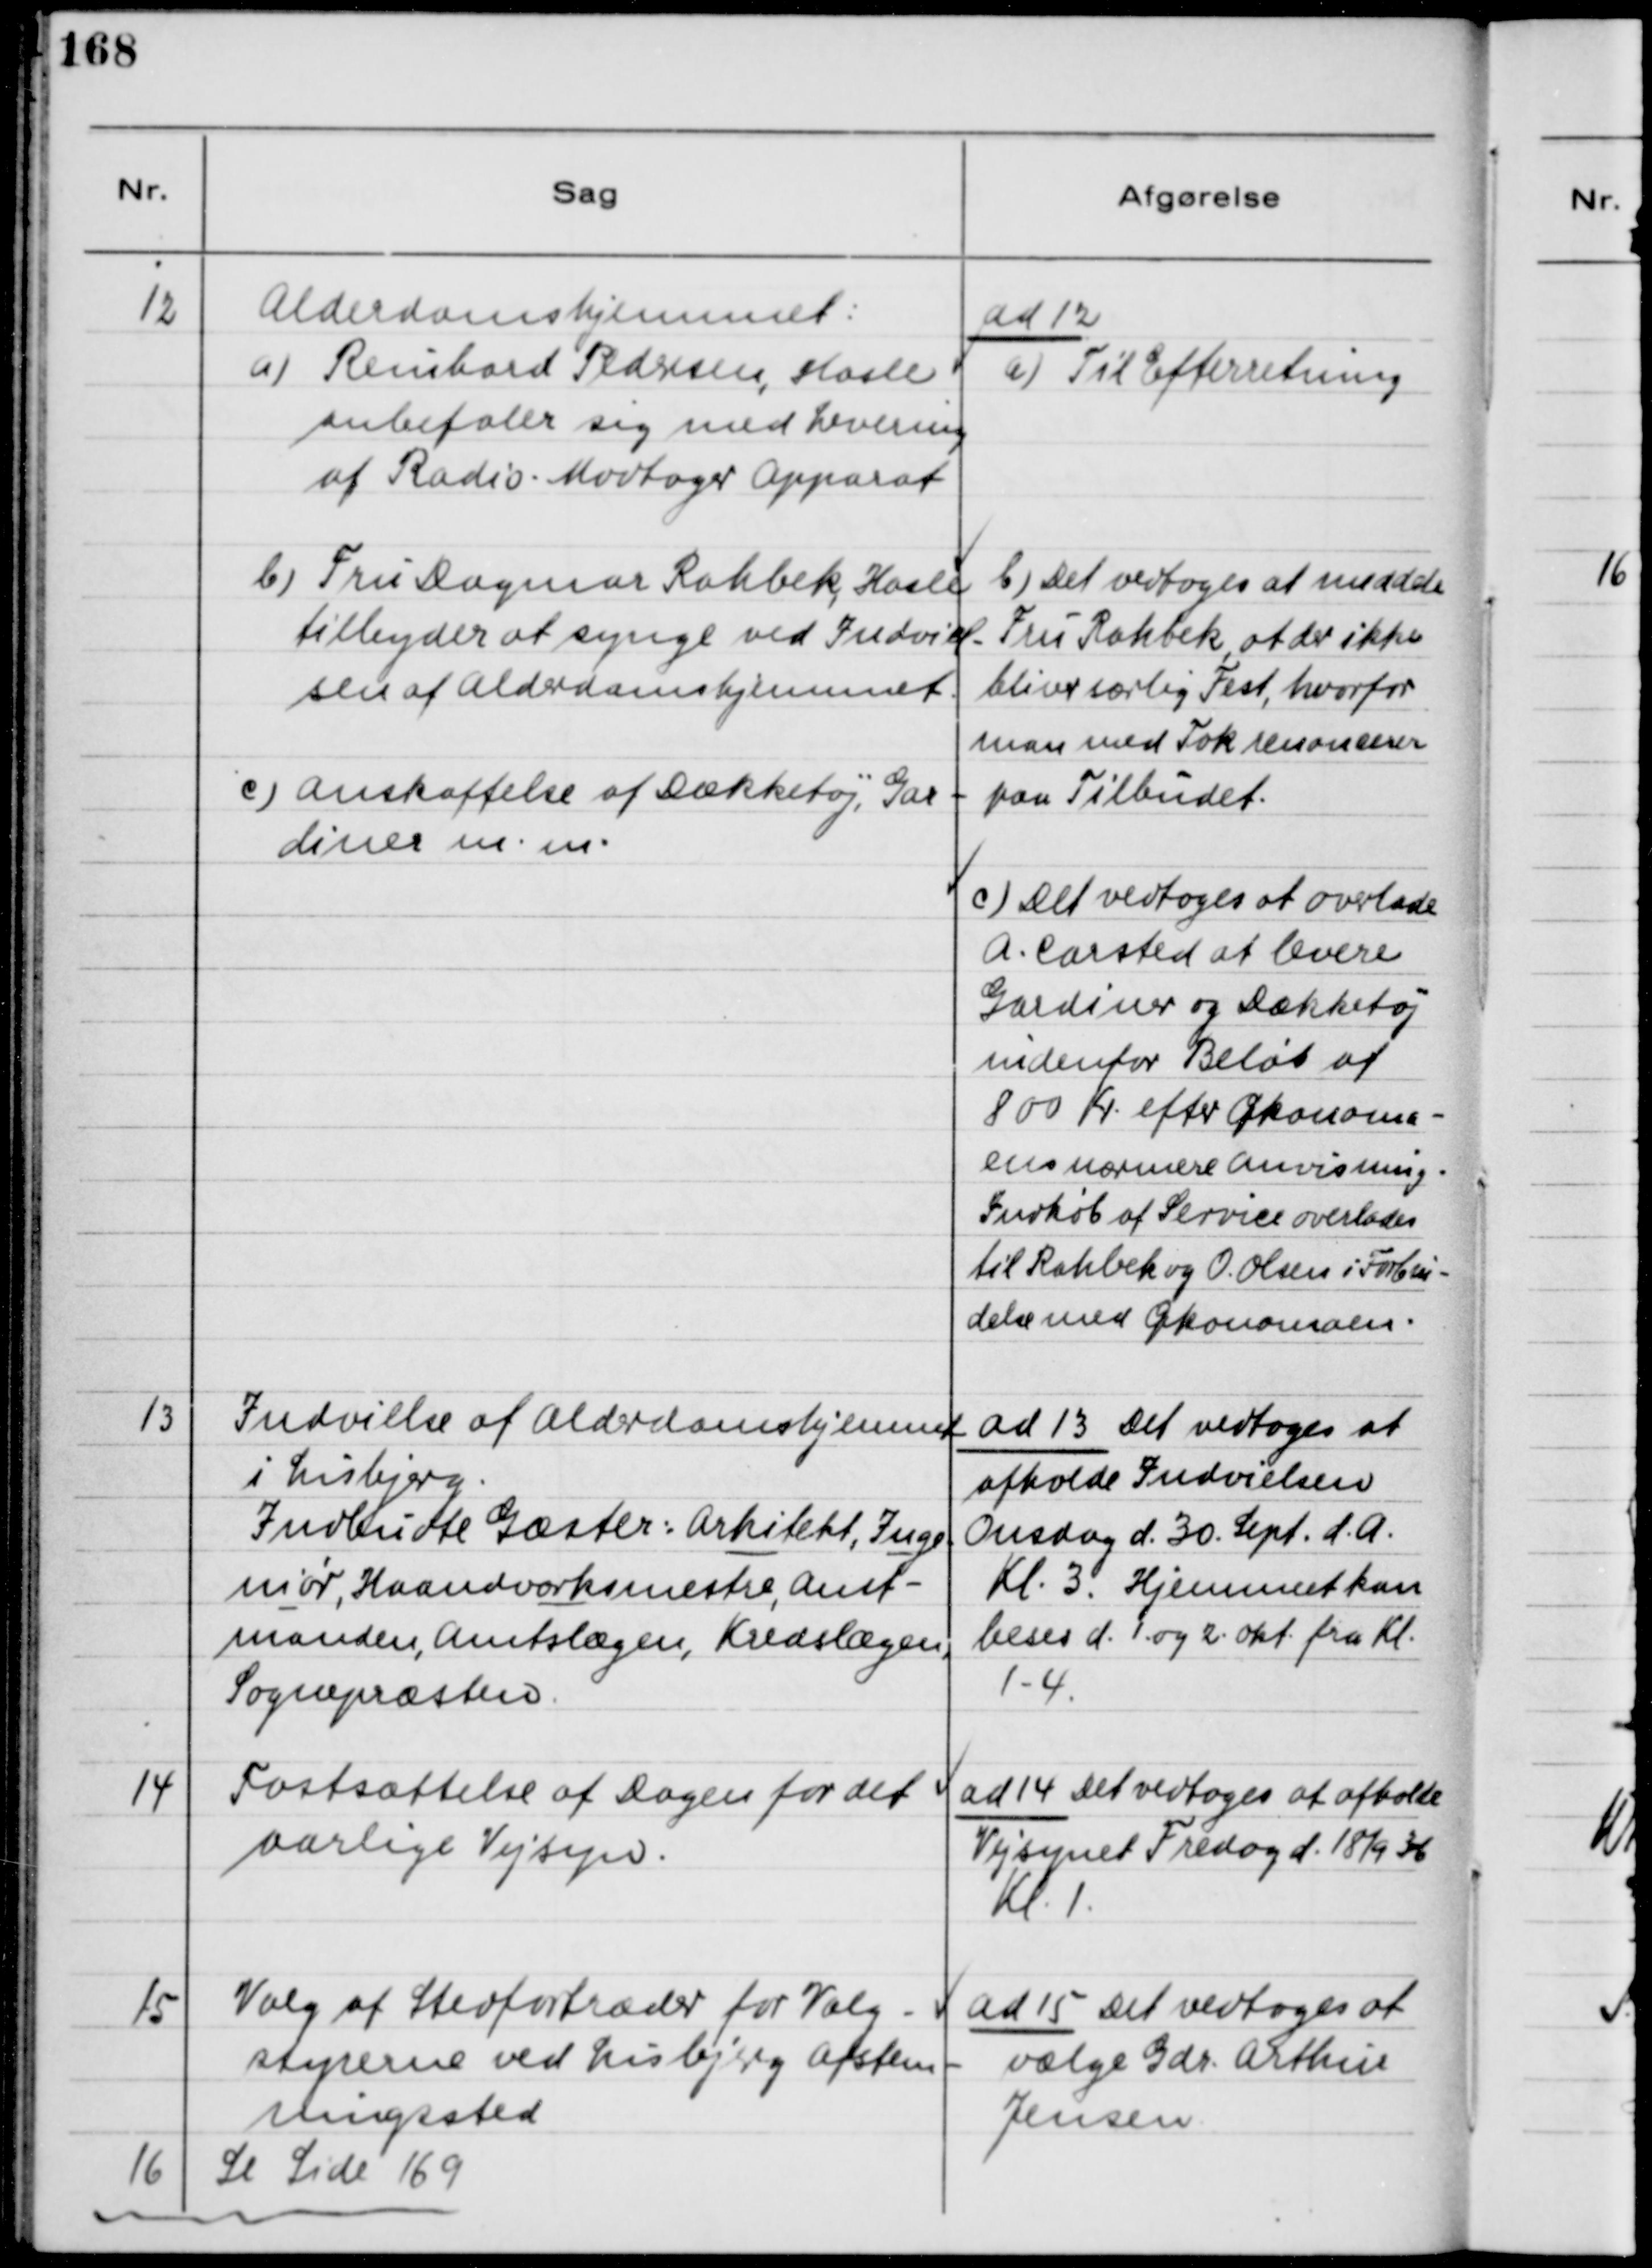
Transskription:
12
Alderdomshjemmet:
a) Reinhard Pedersen, Hasle
anbefaler sig med Levering
af Radio-Modtager Apparat
ad 12
a) Til Efterretning
b) Fru Dagmar Rahbek, Hasle
tilbyder at synge ved Indviel
sen af Alderdomshjemmet.
b) Det vedtoges at meddele
Fru Rahbek, at der ikke
bliver særlig Fest, hvorfor
man med Tak anoullerer
paa Tilbudet
c) Anskaffelse af Dækketøj, Gar-
diner m.m.
c) Det vedtoges at overlade
A. Carsted at levere
Gardiner og Dækketøj
indenfor Beløb af
800 Kr. efter Økonoma-
ens nærmere Anvisning.
Indkøb af Service overlades
til Rahbek og O. Olsen i Forbin-
delse med Økonomaen.
13
Indvielse af Alderdomshjemmet
i Lisbjerg.
Indbudte Gæster: Arkitekt, Inge-
niør, Haandværksmestre, Amt-
manden, Amtslægen, Kredslægen, 
Sognepræsten.
ad 13 Det vedtoges at
afholde Indvielsen
Onsdag d. 30. Sept. d.A.
Kl. 3. Hjemmet kan 
beses d. 1. og 2. Okt. fra Kl.
1-4
14
Fastsættelse af Dagen for det
aarlige Vejsyn.
ad 14 Det vedtoges at afholde
Vejsynet Fredag d. 18/9 36
Kl. 1.
15
Valg af Stedfortræder for Valg-
styrerne ved Lisbjerg Afstem-
ningssted
ad 15 Det vedtoges at 
vælge Gdr. Arthur
Jensen
16
Se Side 169